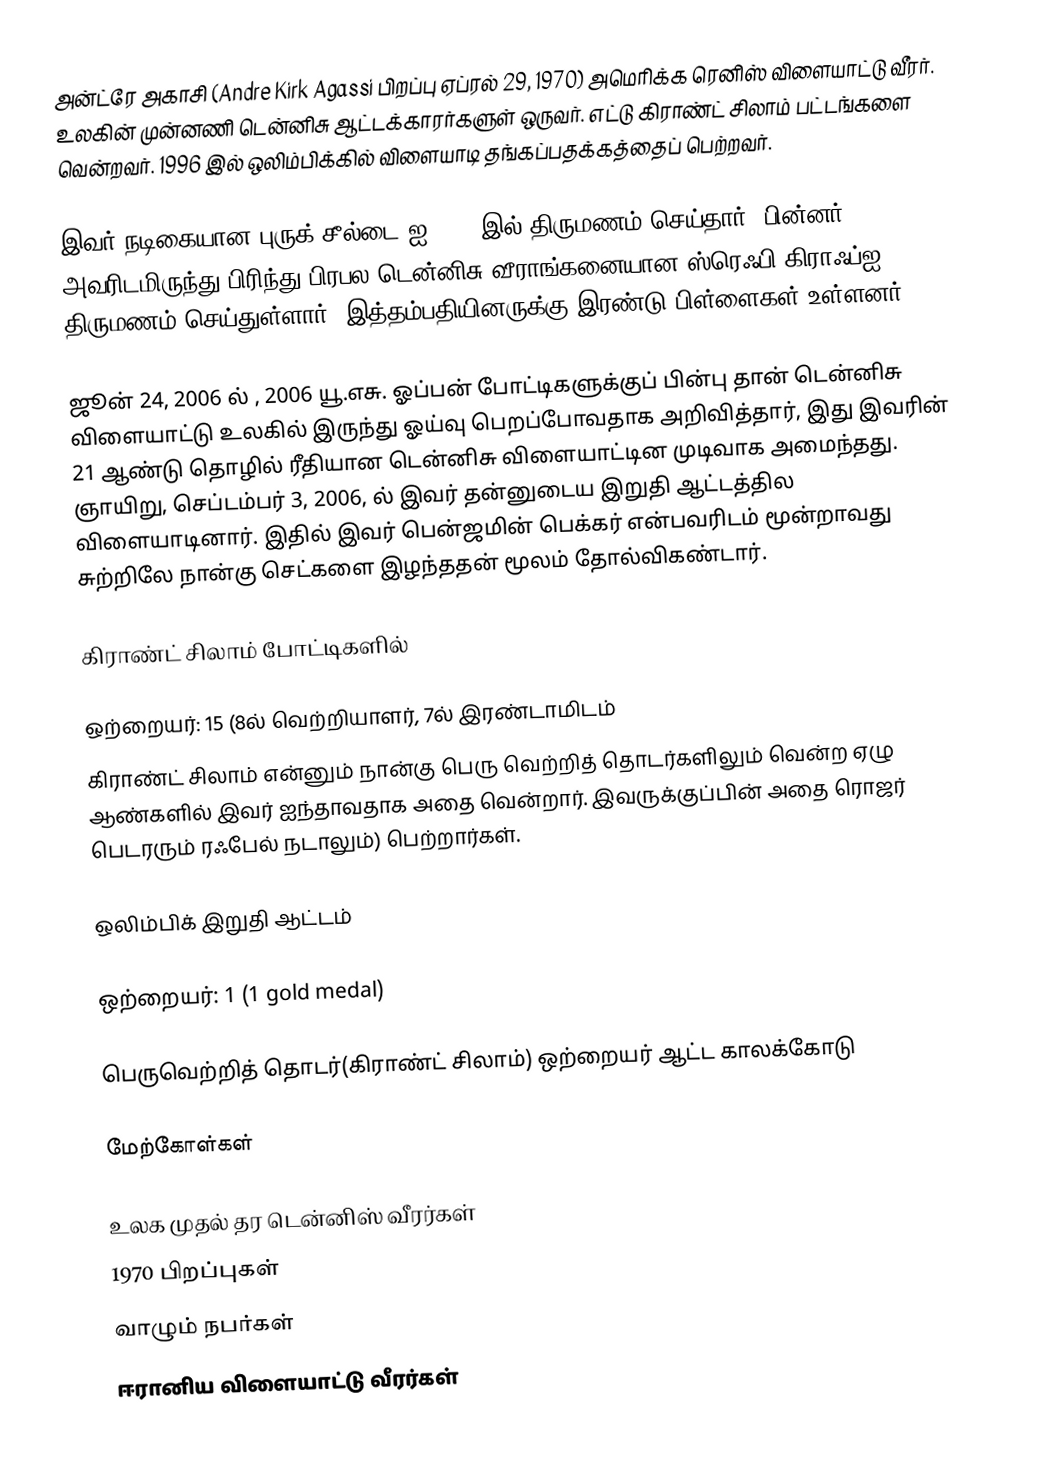
அன்ட்ரே அகாசி (Andre Kirk Agassi பிறப்பு ஏப்ரல் 29, 1970) அமெரிக்க ரெனிஸ் விளையாட்டு வீரர். உலகின் முன்னணி டென்னிசு ஆட்டக்காரர்களுள் ஒருவர். எட்டு கிராண்ட் சிலாம் பட்டங்களை வென்றவர். 1996 இல் ஒலிம்பிக்கில் விளையாடி தங்கப்பதக்கத்தைப் பெற்றவர்.

இவர் நடிகையான புருக் சீல்டை ஐ 1997 இல் திருமணம் செய்தார். பின்னர் அவரிடமிருந்து பிரிந்து பிரபல டென்னிசு வீராங்கனையான ஸ்ரெஃபி கிராஃப்ஐ திருமணம் செய்துள்ளார். இத்தம்பதியினருக்கு இரண்டு பிள்ளைகள் உள்ளனர்.

ஜூன் 24, 2006 ல் , 2006 யூ.எசு. ஓப்பன் போட்டிகளுக்குப் பின்பு தான் டென்னிசு விளையாட்டு உலகில் இருந்து ஓய்வு பெறப்போவதாக அறிவித்தார், இது இவரின் 21 ஆண்டு தொழில் ரீதியான டென்னிசு விளையாட்டின முடிவாக அமைந்தது. ஞாயிறு, செப்டம்பர் 3, 2006, ல் இவர் தன்னுடைய இறுதி ஆட்டத்தில விளையாடினார். இதில் இவர் பென்ஜமின் பெக்கர் என்பவரிடம் மூன்றாவது சுற்றிலே நான்கு செட்களை இழந்ததன் மூலம் தோல்விகண்டார்.

கிராண்ட் சிலாம் போட்டிகளில்

ஒற்றையர்: 15 (8ல் வெற்றியாளர், 7ல் இரண்டாமிடம்
கிராண்ட் சிலாம் என்னும் நான்கு பெரு வெற்றித் தொடர்களிலும் வென்ற ஏழு ஆண்களில் இவர் ஐந்தாவதாக அதை வென்றார். இவருக்குப்பின் அதை ரொஜர் பெடரரும் ரஃபேல் நடாலும்) பெற்றார்கள்.

ஒலிம்பிக் இறுதி ஆட்டம்

ஒற்றையர்: 1 (1 gold medal)

பெருவெற்றித் தொடர்(கிராண்ட் சிலாம்) ஒற்றையர் ஆட்ட காலக்கோடு

மேற்கோள்கள்

உலக முதல் தர டென்னிஸ் வீரர்கள்
1970 பிறப்புகள்
வாழும் நபர்கள்
ஈரானிய விளையாட்டு வீரர்கள்